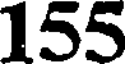
155